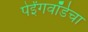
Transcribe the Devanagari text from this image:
पेईंगवॉर्डचा